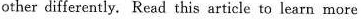
other differently. Read this article to learn more